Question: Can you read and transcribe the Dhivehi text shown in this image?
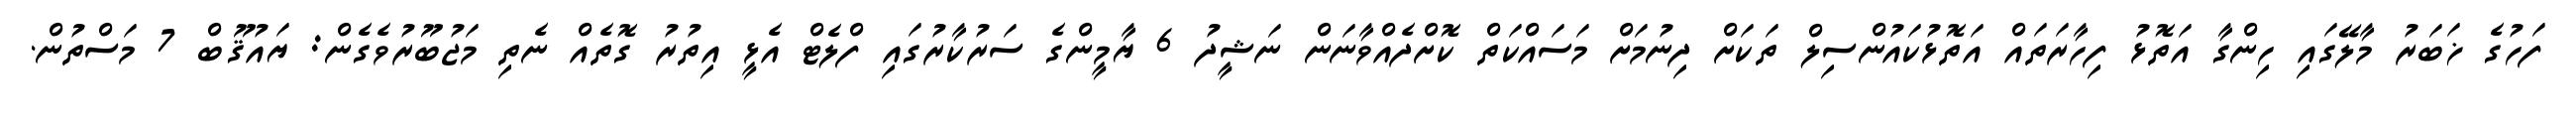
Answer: ފަހުގެ ޚަބަރު މާލޭގައި ހިންގާ އަތޮޅު ފިހާރަތައް އަތޮޅުކައުންސިލް ތަކަށް ދިނުމަށް މަސައްކަތް ކޮށްދެއްވާނަން ނަޝީދު 6 ޔާމީންގެ ސަރުކާރުގައި ފްލެޓް އެޅީ އިތުރު ގޮތެއް ނެތި މަޖުބޫރުވެގެން: ޔައުޤޫބް 7 މަސްތުން.